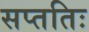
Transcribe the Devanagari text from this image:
सप्ततिः